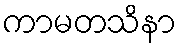
ကာမတသိနာ